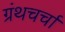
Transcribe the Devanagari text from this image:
ग्रंथचर्चा